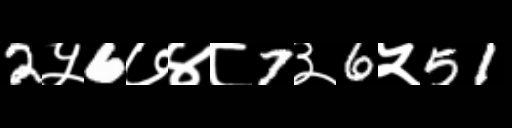
Text: 2५6७४८7३6५51